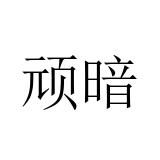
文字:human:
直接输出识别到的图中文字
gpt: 顽暗